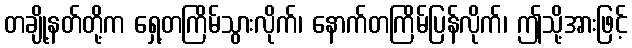
တချို့နတ်တို့က ရှေ့တကြိမ်သွားလိုက်၊ နောက်တကြိမ်ပြန်လိုက်၊ ဤသို့အားဖြင့်